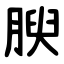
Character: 腴